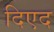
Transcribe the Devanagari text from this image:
दिएद